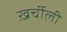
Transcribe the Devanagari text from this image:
ख़र्चीली